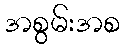
အစွမ်းအစ